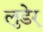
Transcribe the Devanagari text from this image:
लुडेर्